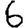
Digit: 6